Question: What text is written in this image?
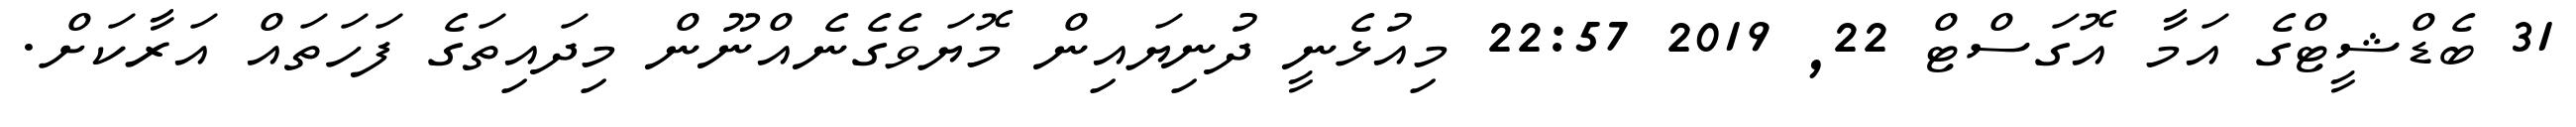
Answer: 31 ބެޑްޝީޓްގެ އަމާ އޮގަސްޓް 22, 2019 22:57 މިއުޅެނީ ދުނިޔައިން މޮޔަވެގެނެއްނޫން މިދައިތަގެ ފަހަތައް އަރާކަށް.